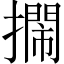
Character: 𢷃